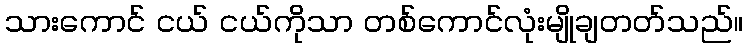
သားကောင် ငယ် ငယ်ကိုသာ တစ်ကောင်လုံးမျိုချတတ်သည်။